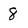
Character: 8